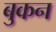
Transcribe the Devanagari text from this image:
बुकन